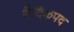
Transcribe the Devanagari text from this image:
वैदिकपद